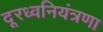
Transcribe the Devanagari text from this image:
दूरध्वनियंत्रणा